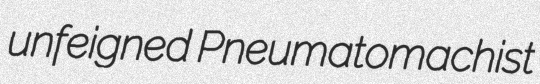
unfeigned Pneumatomachist